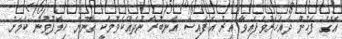
އޭގެ ފަހުން ދެއަހަރުވެފައިވާ އިރު އެފައިސާ އަނބުރާ ނުދެއްކެވުމަކީ ގާނޫނާ ހިލާފުވުން ކަމަށް